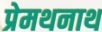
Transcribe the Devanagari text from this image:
प्रेमथनाथ